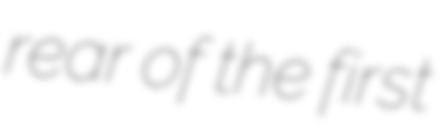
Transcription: rear of the first